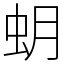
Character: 蚏